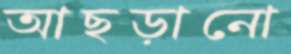
আছড়ানো